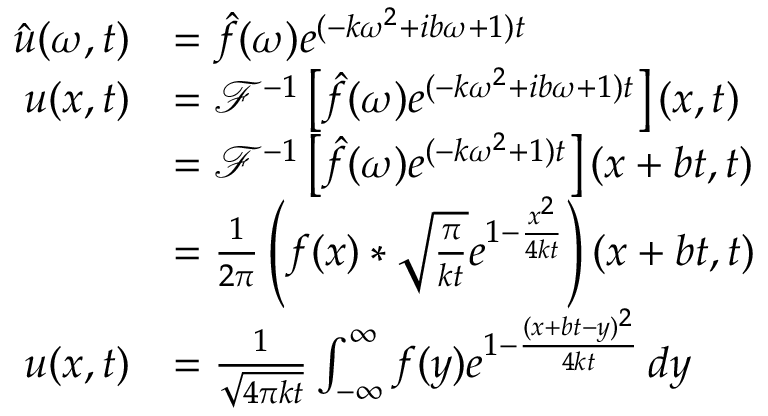
\begin{array} { r l } { \hat { u } ( \omega , t ) } & { = \hat { f } ( \omega ) e ^ { ( - k \omega ^ { 2 } + i b \omega + 1 ) t } } \\ { u ( x , t ) } & { = \mathcal { F } ^ { - 1 } \left[ \hat { f } ( \omega ) e ^ { ( - k \omega ^ { 2 } + i b \omega + 1 ) t } \right] ( x , t ) } \\ & { = \mathcal { F } ^ { - 1 } \left[ \hat { f } ( \omega ) e ^ { ( - k \omega ^ { 2 } + 1 ) t } \right] ( x + b t , t ) } \\ & { = \frac { 1 } { 2 \pi } \left( f ( x ) * \sqrt { \frac { \pi } { k t } } e ^ { 1 - \frac { x ^ { 2 } } { 4 k t } } \right) ( x + b t , t ) } \\ { u ( x , t ) } & { = \frac { 1 } { \sqrt { 4 \pi k t } } \int _ { - \infty } ^ { \infty } f ( y ) e ^ { 1 - \frac { ( x + b t - y ) ^ { 2 } } { 4 k t } } \, d y } \end{array}